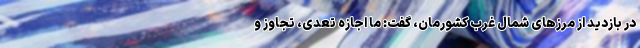
در بازدید از مرزهای شمال غرب کشورمان، گفت: ما اجازه تعدی، تجاوز و